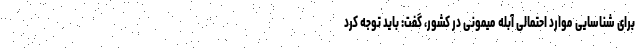
برای شناسایی موارد احتمالی آبله میمونی در کشور، گفت: باید توجه کرد